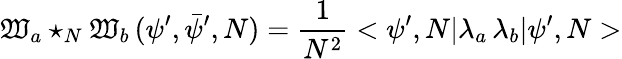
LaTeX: {\cal\mathfrak{W}}_{a}\star_{N}{\cal\mathfrak{W}}_{b}\, (\psi^{\prime},\bar{{\psi}}^{\prime},N)=\frac{{1}}{{N^{2}}}<\psi^{\prime},N|\lambda_{a}\, \lambda_{b}|\psi^{\prime},N>